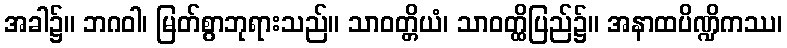
အခါ၌။ ဘဂဝါ၊ မြတ်စွာဘုရားသည်။ သာဝတ္တိယံ၊ သာဝတ္ထိပြည်၌။ အနာထပိဏ္ဍိကဿ၊